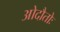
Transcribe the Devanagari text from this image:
ओदौतोः